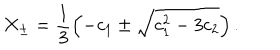
LaTeX: X _ { \pm } = \frac { 1 } { 3 } \left( - c _ { 1 } \pm \sqrt { c _ { 1 } ^ { 2 } - 3 c _ { 2 } } \right) .